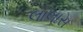
લાલાસ